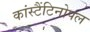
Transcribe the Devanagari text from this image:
कांस्टैंटिनोपल